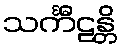
သင်္ကီဠန္တိ